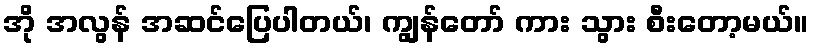
အို အလွန် အဆင်ပြေပါတယ်၊ ကျွန်တော် ကား သွား စီးတော့မယ်။